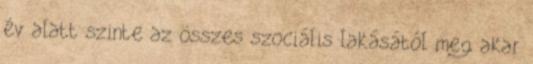
év alatt szinte az összes szociális lakásától meg akar